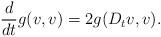
LaTeX: \begin{align*} \frac d {dt} g(v, v) = 2 g(D_t v, v).\end{align*}